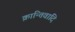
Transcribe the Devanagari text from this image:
क्रान्तिवादि